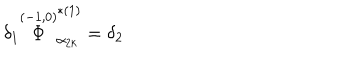
LaTeX: \delta _ { 1 } \stackrel { ( - 1 , 0 ) } { \Phi } _ { \alpha _ { 2 k } } ^ { * ( 1 ) } = \delta _ { 2 }